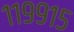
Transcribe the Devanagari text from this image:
११९९१५